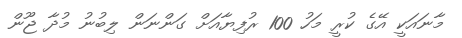
މާނައަކީ އޭގެ ކުރީ މަހު 100 ރުފިޔާއަށް ގަންނަން ލިބުނު މުދާ ޖޫން